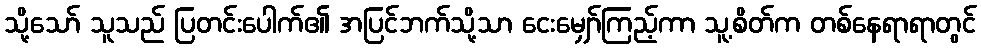
သို့သော် သူသည် ပြတင်းပေါက်၏ အပြင်ဘက်သို့သာ ငေးမျှော်ကြည့်ကာ သူ့စိတ်က တစ်နေရာရာတွင်